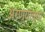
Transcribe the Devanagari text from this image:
अरण्यांच्या